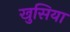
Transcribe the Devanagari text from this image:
खुसिया